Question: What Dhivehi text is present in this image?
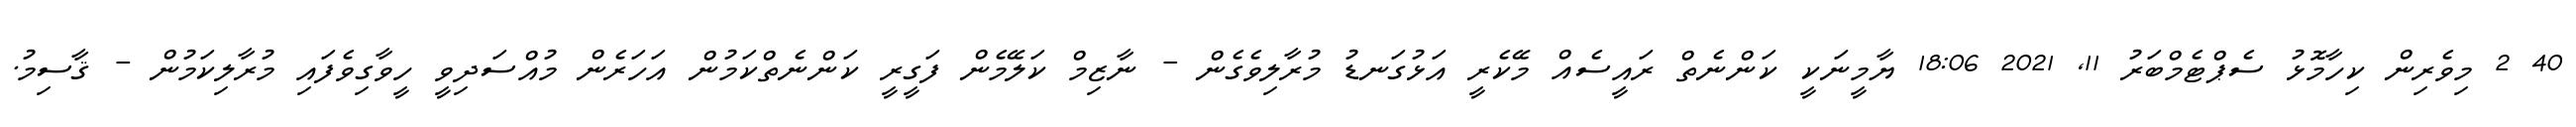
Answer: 40 2 މިވެރިން ކިހާމޮޅު ސެޕްޓެމްބަރު 11, 2021 18:06 ޔާމީނަކީ ކަންނެތް ރައީސެއް މޭކެރީ އަޅުގަނޑު މުރާލިވެގެން - ނާޒިމް ކަލޭމެން ފަގީރީ ކަންނެތްކަމުން އަހަރެން މުއްސަދިވީ ހީވާގިވެފައި މުރާލިކަމުން - ޤާސިމު.